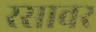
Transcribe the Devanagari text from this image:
रसावर